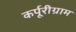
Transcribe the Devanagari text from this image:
कर्पूरीग्राम